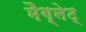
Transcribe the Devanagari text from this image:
मैग्नेट्